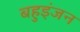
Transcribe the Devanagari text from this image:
बहुइंजन